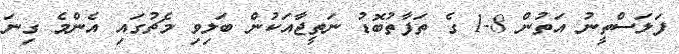
ފަލަސްތީނު އަތުން 8-1 ގެ ތަފާތުބޮޑު ނަތީޖާއަކުން ބަލިވި މެޗުގައި އެންމެ ގިނަ